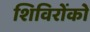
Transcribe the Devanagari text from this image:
शिविरोंको